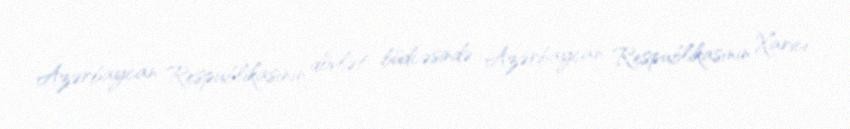
Azərbaycan Respublikasının dövlət büdcəsində Azərbaycan Respublikasının Xarici